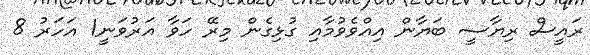
ރައީސް ރިޔާސީ ބަޔާން އިއްވެވުމާއި ގުޅިގެން މިރޭ ހަވާ އަރުވަނީ1 އަހަރު 8